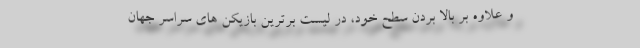
و علاوه بر بالا بردن سطح خود، در لیست برترین بازیکن های سراسر جهان